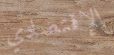
الإقتصادي